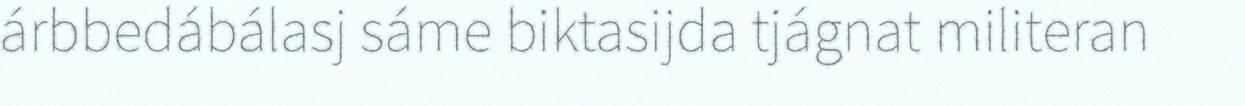
árbbedábálasj sáme biktasijda tjágnat militeran